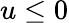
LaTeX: u\le 0